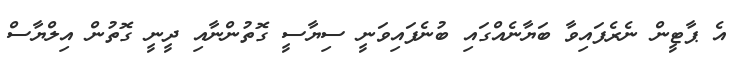
އެ ޕާޓީން ނެރެފައިވާ ބަޔާނެއްގައި ބުނެފައިވަނީ ސިޔާސީ ގޮތުންނާއި ދީނީ ގޮތުން އިލްޔާސް